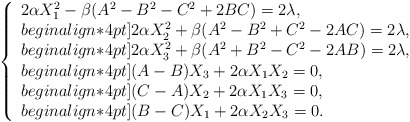
\begin{align*}\left\{\begin{array}{l}2 \alpha X_1^2-\beta(A^2-B^2-C^2+2BC)=2\lambda, \\begin{align*}4pt]2 \alpha X_2^2+\beta(A^2-B^2+C^2-2AC)=2\lambda, \\begin{align*}4pt]2 \alpha X_3^2+\beta(A^2+B^2-C^2-2AB)=2\lambda, \\begin{align*}4pt](A-B)X_3+2\alpha X_1X_2 =0, \\begin{align*}4pt](C-A)X_2+2\alpha X_1X_3 =0, \\begin{align*}4pt](B-C)X_1+2\alpha X_2X_3 =0.\end{array}\right.\end{align*}